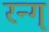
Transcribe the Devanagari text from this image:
रन्ग्